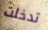
تدخلت